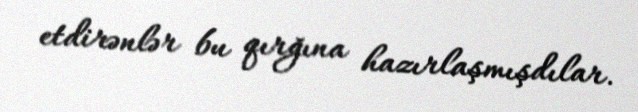
etdirənlər bu qırğına hazırlaşmışdılar.